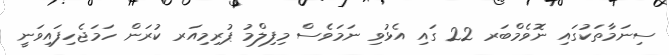
ސިނަމާތަކުގައި ނޮވެމްބަރ 22 ގައި އެޅުވި ނަމަވެސް މިފިލްމު ޕުރިމިއަރ ކުރަން ހަމަޖެހިފައިވަނީ